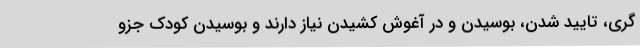
گری، تایید شدن، بوسیدن و در آغوش کشیدن نیاز دارند و بوسیدن کودک جزو